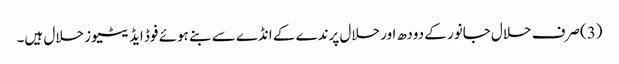
(3)صرف حلال جانور کے دودھ اور حلال پرندے کے انڈے سے بنے ہوئے فوڈ ایڈیٹیوز حلال ہیں۔